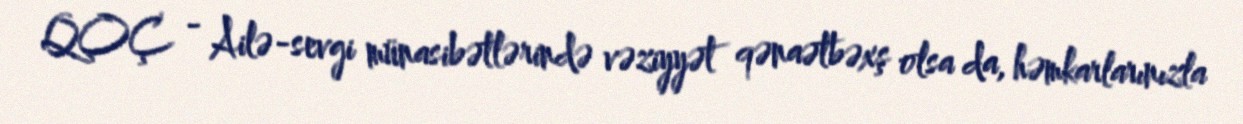
QOÇ - Ailə-sevgi münasibətlərində vəziyyət qənaətbəxş olsa da, həmkarlarınızla